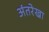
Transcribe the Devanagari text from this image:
अंतरेखा